Annual statistical returns and brief notes on vaccination in Bengal - 1887-1898
Year: 1887
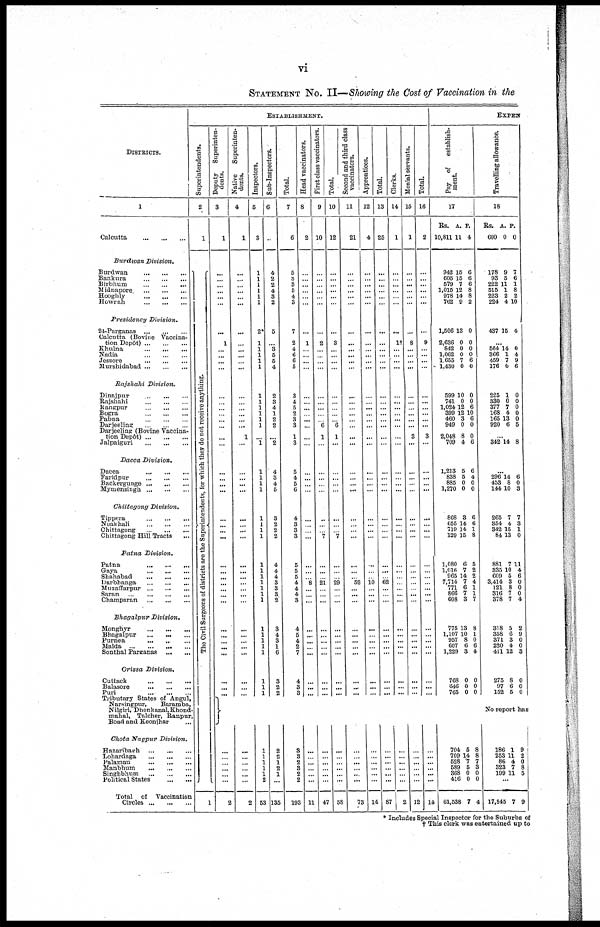
vi
STATEMENT No. II— Showing the Cost of Vaccination in the
DISTRICTS.
1
Calcutta
...
...
...
Burdwan
Division.
Burdwan
...
...
...
Bankura
...
...
...
Birbhum
...
...
...
Midnapore
...
...
...
Hooghly
...
...
...
Howrah
...
...
...
Presidency
Division.
24-Parganas
...
...
...
Calcutta (Bovine Vaccina-
tion Depôt)
...
...
...
Khulna
...
...
...
Nadia
...
...
...
Jessore
...
...
...
Murshidabad ... ...
Rajshahi
Division,
Dinajpur
...
...
...
Rajshahi
...
...
...
Rangpur
...
...
...
Bogra
...
...
...
Pabna
...
...
...
Darjeeling
...
...
...
Darjeeling (Bovine Vaccina¬
tion Depôt)
...
...
...
Jalpaiguri
...
...
...
Dacca
Division.
Dacca
...
...
...
Paridpur
...
...
...
Backergunge
...
...
...
Mymensingh
...
...
...
Chittagong
Division.
Tippera
...
...
...
Noakhali
...
...
...
Chittagong
...
...
...
Chittagong Hill Tracts ...
Patna
Division.
Patna
...
...
...
Gaya
...
...
...
Shahabad
...
...
...
Darbhanga
...
...
...
Muzaffarpur ... ... ...
Saran
...
...
...
...
Champaran
...
...
...
Bhagalpur
Division.
Monghyr
...
...
...
Bhagalpur
...
... ...
Purnea
...
...
...
Malda
...
...
...
...
Sonthal Parganas
...
...
Orissa
Division.
Cuttack
...
...
...
Balasore
...
...
...
Puri
...
...
...
Tributary States of Angul,
Narsingpur,
Baramba,
Nilgiri, Dhenkanal, Khond¬
mahal, Talcher, Ranpur,
Boad and Keonjhar ...
Chota Nagpur
Division.
Hazaribagh
...
...
...
Lohardaga
...
...
...
Palamau
...
...
...
Manbhum
...
...
...
Singhbhum
...
...
...
Political States
...
...
Total
of Vaccination
Circles
...
...
...
ESTABLISHMENT.
Superintendents.
2
1
The Civil Surgeons of districts are the Superintendents, for which they do not receive Anything.
1
Deputy
Superinten-
dents.
3
1
...
...
...
...
...
...
...
1
...
...
...
...
...
...
...
...
...
...
...
...
...
...
...
...
...
...
... ...
...
...
...
...
...
...
...
...
...
...
...
...
...
...
...
...
...
... ...
...
...
2
Native
Superinten-
dents.
4
1
...
...
...
...
...
...
...
...
...
...
...
...
...
...
...
...
...
...
1
...
...
...
...
...
...
...
... ...
...
...
...
...
...
...
...
...
...
...
...
...
...
...
...
...
...
... ...
...
...
2
Inspectors.
5
3
1
1
1
1
1
1
2*
1
1
1
1
1
1
1
1
1
1
1 ...
1
1
1
1
1
1
1
1
1
1
1
1
1
1
1
1
1
1
1
1
1
1
1
1
1
1
1 1
1 2
53
Sub-Inspectors.
6
...
4
2
2
4
3
2
5
...
3
5
5
4
2
3
4
1
2
2
...
2
4
3
4
5
3
2
2
2
4
4
4
3
3
3
2
3
4
3
1
6
3
2
2
2
2
1
2
1
...
135
Total.
7
6
5
3
3
5
4
3
7
2
4
6
6
5
3
4
5
2
3
3
1
3
5
4
5
6
4
3
3
3
5
5
5
4
4
4
3
4
6
4
2
7
4
3
3
3
3
2
3
2
2
193
Head vaccinators.
8
2
...
...
...
...
...
...
...
1
...
...
...
...
...
...
...
...
...
...
...
...
...
...
...
...
...
...
... ...
...
...
... 8
...
...
...
...
...
...
...
...
...
...
...
...
...
... ...
...
...
11
First class vaccinators.
9
10
...
...
...
...
...
...
...
2
...
...
...
...
...
...
...
...
...
6
1
...
...
...
...
...
...
...
... 7
...
...
... 21
...
...
...
...
...
...
...
...
...
...
...
...
...
... ...
...
...
47
Total.
10
12
...
...
...
...
...
...
...
3
...
...
...
...
...
...
...
...
...
6
1
...
...
...
...
...
...
...
... 7
...
...
... 29
...
...
...
...
...
...
...
...
...
.... ...
...
...
... ...
...
...
58
Second and third class
vaccinators.
11
21
...
...
...
...
...
...
...
...
...
...
...
...
...
...
...
...
...
...
...
...
...
...
...
...
...
...
... ...
...
...
... 52
...
...
...
...
...
...
...
...
...
...
...
...
...
... ...
...
...
73
Apprentices.
12
4
...
...
...
...
...
...
...
...
...
...
...
...
...
...
...
...
...
...
...
...
...
...
...
...
...
...
... ...
...
...
...
10
...
...
...
...
...
...
...
...
...
...
...
...
...
... ...
...
...
14
Total.
13
25
...
...
...
...
...
...
...
...
...
...
...
...
...
...
...
...
...
...
...
...
...
...
...
...
...
...
... ...
...
...
... 62
...
...
...
...
...
...
...
...
...
...
...
...
...
... ...
...
...
87
Clerks.
14
1
...
...
...
...
...
...
...
1†
...
... ...
...
...
...
...
...
...
...
...
...
...
...
...
...
...
...
... ...
...
...
...
...
...
...
...
...
...
...
...
...
...
...
...
...
...
... ...
...
...
2
Menial servants.
15
1
...
...
...
...
...
...
...
8
...
...
...
...
...
...
...
...
...
...
3
...
...
...
...
...
...
...
... ...
...
...
...
...
...
...
...
...
...
...
...
...
...
...
...
...
...
... ...
...
...
12
Total.
16
2
...
...
...
...
...
...
...
9
...
...
...
...
...
...
...
...
...
...
3
...
...
...
...
...
...
...
... ...
...
...
...
...
...
...
...
...
...
...
...
...
...
...
...
...
...
... ...
...
...
14
EXPEN
Pay
of
establish-
ment.
17
Rs.
10,811
A.
11
P.
4
942
605
579
1,015
978
762
1,506
2,636
842
1,062
1,655
1,430
599
741
1,024
399
460
949
2,048
709
1,213
838
885
1,270
868
655
719
129
1,080
1,016
965
7,714
771
866
608
775
1,107
957
607
1,229
768
646
765
704
709
528
589
368
416
61,538
15
15
7
12
14
9
13
0
0
0
7
0
10
0
12
12
3
0
8
4
5
5
0
0
3
14
14
15
6
7
14
7
6
7
3
13
10
8
6
3
0
0
0
5
14
7
5
0
0
7
6
6
6
8
8
2
0
0
0
0
6
0
0
0
6
10
6
0
0
6
6
4
0
0
6
6
1
8
5
2
2
4
1
1
7
8
1
0
6
4
0
0
0
8
8
7
3
0
0
4
Travelling allowance.
18
Rs.
600
A.
0
P.
0
178
93
222
515
223
224
437
9
5
11
1
2
4
15
7
6
1
8
2
10
4
...
564
366
459
176
225
330
377
168
165
920
14
1
7
0
1
0
7
4
13
6
0
4
9
6
0
0
0
0
0
5
...
342 14 8
...
296
453
144
265
354
342
84
881
335
609
3,414
121
316
378
318
358
371
220
411
275
97
152
14
8
10
7
4
15
13
7
10
5
3
8
7
7
5
6
3
4
12
8
6
5
6
0
3
7
3
1
0
11
4
6
0
0
0
4
2
9
0
0
3
0
0
0
No report has
186
253
86
323
199
1
11
4
7
11
9
2
0
8
5
...
17,845 7 9
* Includes Special Inspector for the Suburbs of
† This clerk was entertained up to